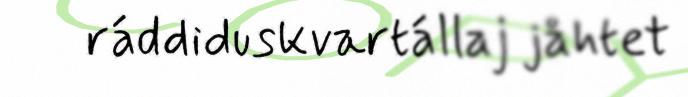
ráddiduskvartállaj jåhtet